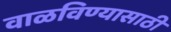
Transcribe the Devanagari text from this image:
वाळविण्यासाठी